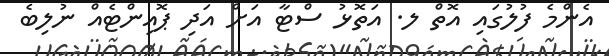
އެންމެ ފުލުގައި އޮތް ލ. އަތޮޅު ސްޓާ އަށް އަދި ޕޮއިންޓެއް ނުލިބެ